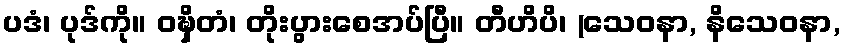
ပဒံ၊ ပုဒ်ကို။ ဝဍ္ဎှိတံ၊ တိုးပွားစေအပ်ပြီ။ တီဟိပိ၊ (သေဝနာ, နိသေဝနာ,